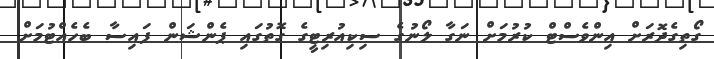
ގޯތިގެދޮރަށް އިންވެސްޓް ކުރުމަށް ނަގާ ލޯނުގެ ސިކިއުރިޓީގެ ގޮތުގައި ޕެންޝަން ފައިސާ ބެހެއްޓުމަށް